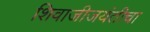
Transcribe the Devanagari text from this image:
शिवाजीजयंतीचा